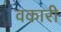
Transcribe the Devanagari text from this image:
वकारी